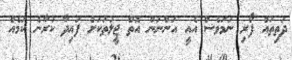
ދަތިތައް ފޯރި ނަމަވެސް އެއީ އަންނަން އޮތް ޖީލުތަކަށް ފައިދާ ކުރާނެ ކަމެއް